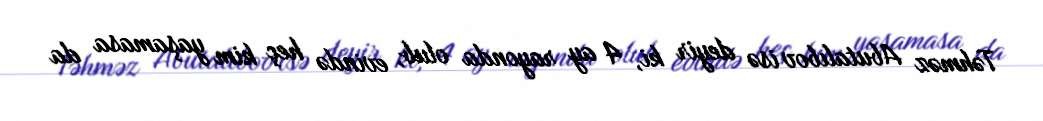
Təhməz Abutalıbov isə deyir ki, 4 ay rayonda olub, evində heç kim yaşamasa da